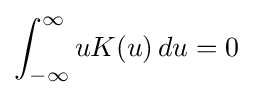
\int _{-\infty }^{\infty }uK(u)\,du=0